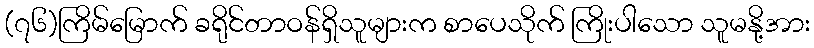
(၇၆)ကြိမ်မြောက် ခရိုင်တာဝန်ရှိသူများက စာပေသိုက် ကြိုးပါသော သူမနို့အား